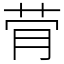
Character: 䒿